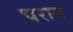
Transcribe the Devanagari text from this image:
चरान